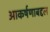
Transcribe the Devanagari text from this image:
आकर्षणाबद्दल